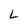
Character: L